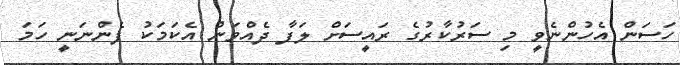
ހަސަން އެހުންނެވީ މި ސަރުކާރުގެ ރައީސަށް ލަފާ ދެއްވަން އެކަމަކު ފެންނަނީ ހަމަ